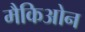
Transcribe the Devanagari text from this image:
मैकिओन